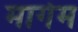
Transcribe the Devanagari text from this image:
मार्गम